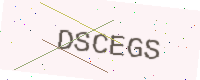
Text: DSCEGS